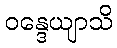
ဝန္ဒေယျာသိ